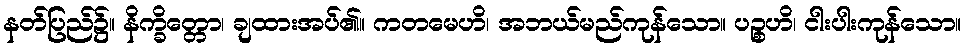
နတ်ပြည်၌။ နိက္ခိတ္တော၊ ချထားအပ်၏။ ကတမေဟိ၊ အဘယ်မည်ကုန်သော။ ပဉ္စဟိ၊ ငါးပါးကုန်သော။